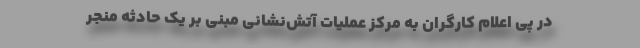
در پی اعلام کارگران به مرکز عملیات آتش‌نشانی مبنی بر یک حادثه منجر